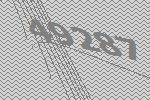
49287